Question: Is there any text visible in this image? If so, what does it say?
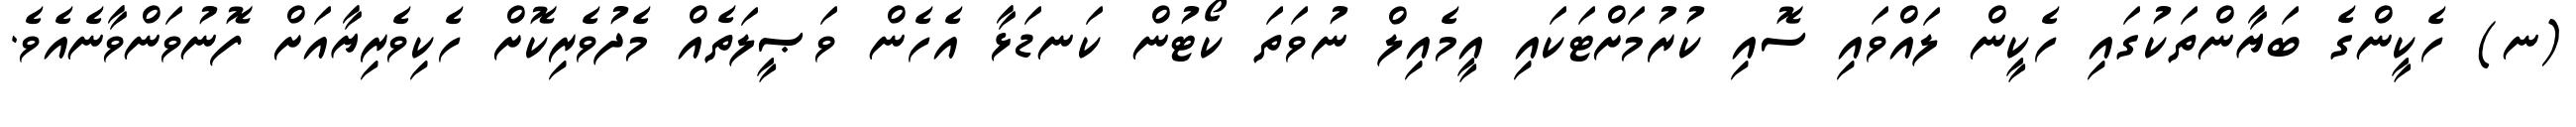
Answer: (ނ) ހެކީންގެ ބަޔާންތަކުގައި ހެކީން ލައްވައި ސޮއި ކުރުމަށްޓަކައި އީމެއިލް ނުވަތަ ކޯޓުން ކަނޑަޅާ އެހެން ވަޞީލަތެއް މެދުވެރިކޮށް ހެކިވެރިޔާއަށް ފޮނުވަންވާނެއެވެ.